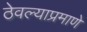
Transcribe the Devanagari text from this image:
ठेवल्याप्रमाणे